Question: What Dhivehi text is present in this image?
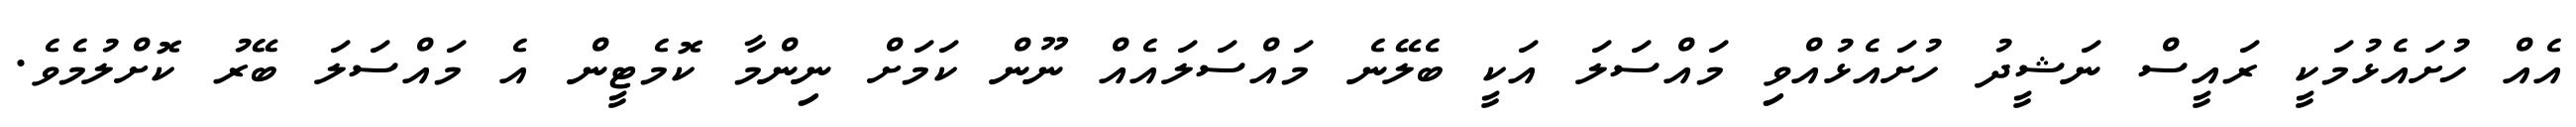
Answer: އެއް ހުށައެޅުމަކީ ރައީސް ނަޝީދު ހުށައެޅުއްވި މައްސަލަ އަކީ ބެލޭނެ މައްސަލައެއް ނޫން ކަމަށް ނިންމާ ކޮމެޓީން އެ މައްސަލަ ބޭރު ކޮށްލުމެވެ.